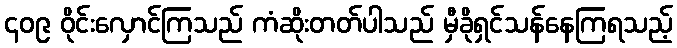
၄၀၉ ဝိုင်းလှောင်ကြသည် ကံဆိုးတတ်ပါသည် မှီခိုရှင်သန်နေကြရသည့်